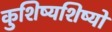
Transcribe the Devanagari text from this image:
कुशिष्यशिष्यो